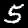
Label: 5